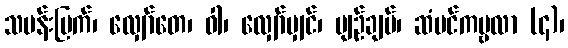
သမန်းမြက်၊ လျှော်တေ၊ ဝါ၊ လျှော်မျှင်၊ ပျဉ်ချပ်၊ ဆံပင်ကမ္ဗလာ (၄)၊